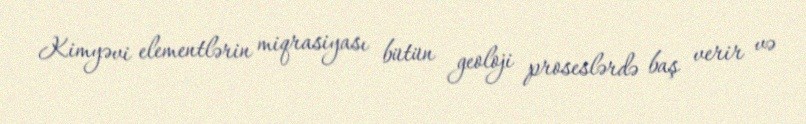
Kimyəvi elementlərin miqrasiyası bütün geoloji proseslərdə baş verir və